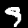
Label: 9